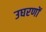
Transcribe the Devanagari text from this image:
उघरणों